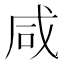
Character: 咸